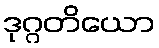
ဒုဂ္ဂတိယော